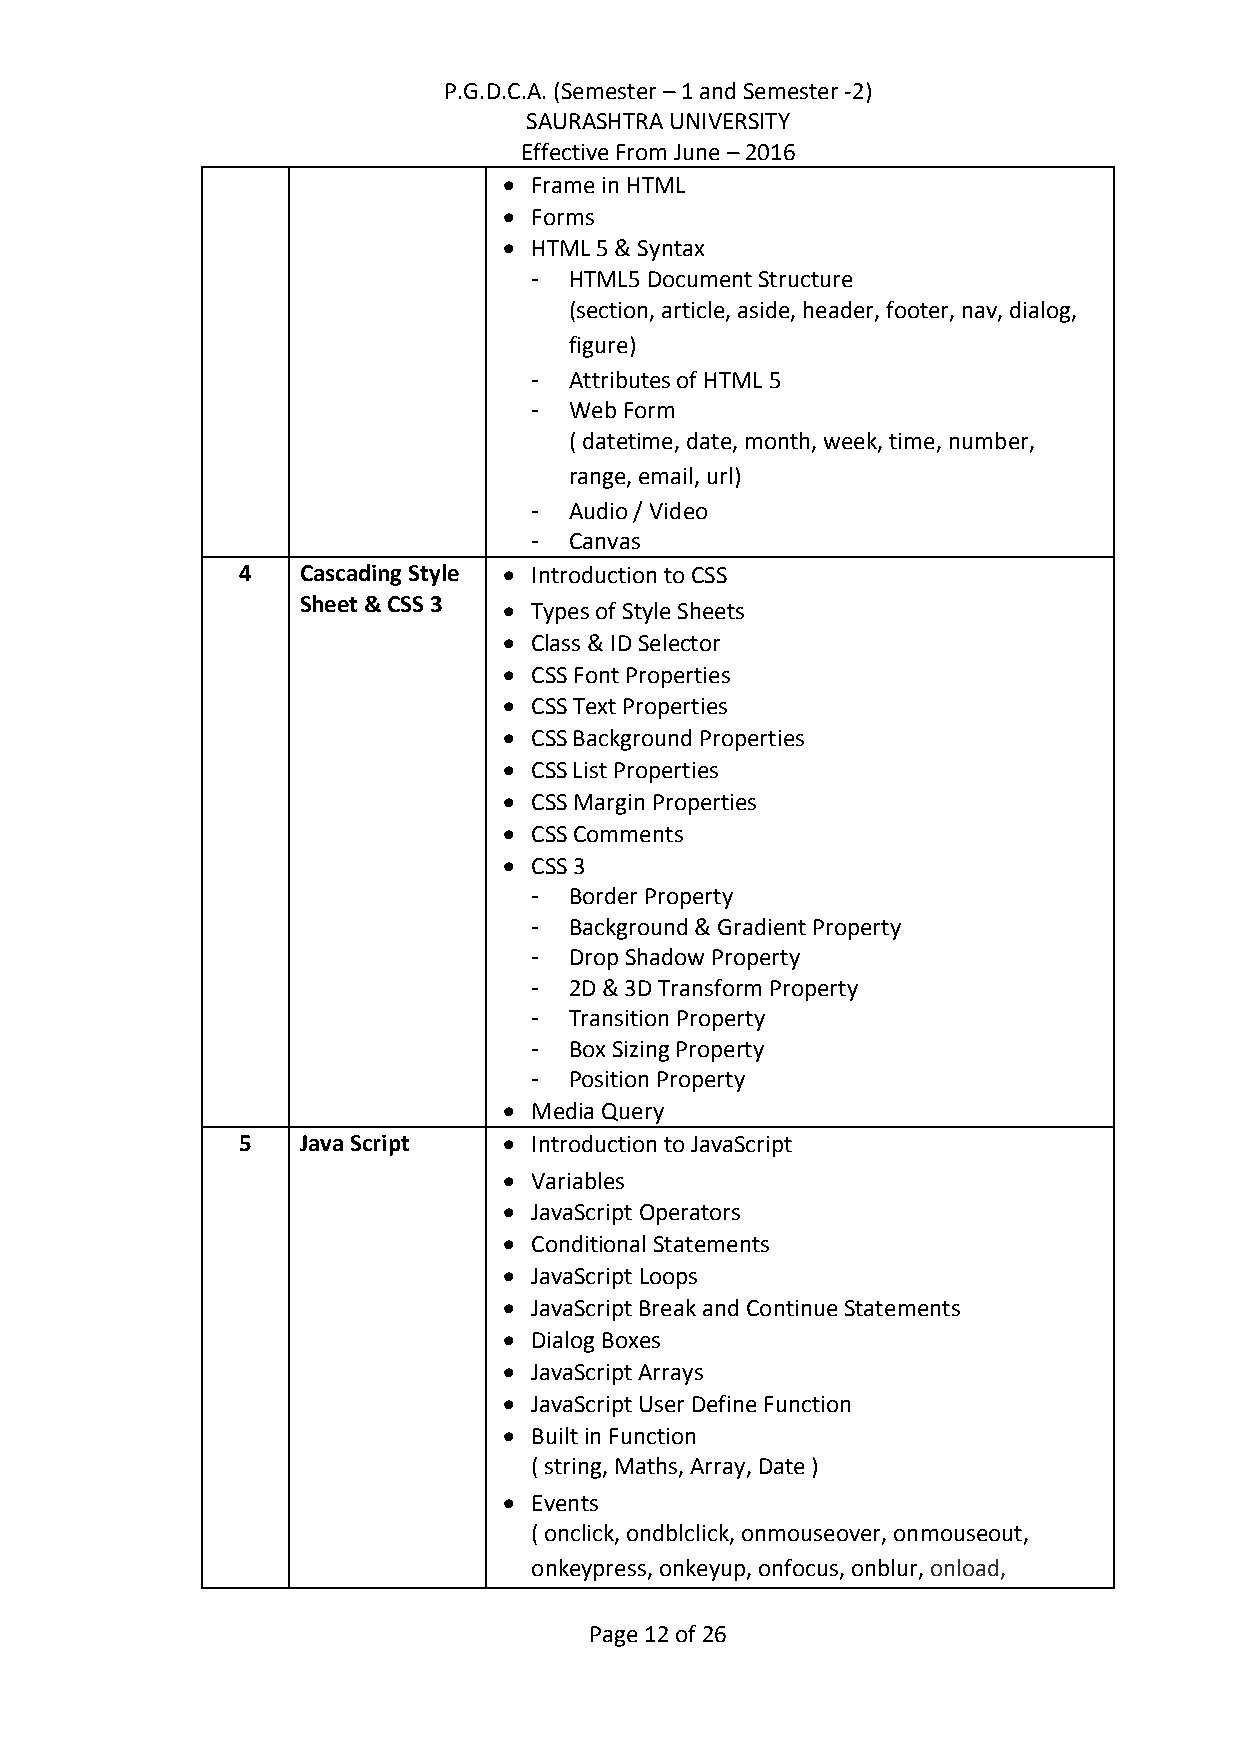
P.G.D.C.A. (Semester – 1 and Semester -2)
 SAURASHTRA UNIVERSITY
 Effective From June – 2016
  Frame in HTML
  Forms
  HTML 5 & Syntax
 -  HTML5 Document Structure
 (section, article, aside, header, footer, nav, dialog,
 figure)
 -  Attributes of HTML 5
 -  Web Form
 ( datetime, date, month, week, time, number,
 range, email, url)
 -  Audio / Video
 -  Canvas
 4   Cascading Style  Introduction to CSS
 Sheet & CSS 3  Types of Style Sheets
  Class & ID Selector
  CSS Font Properties
  CSS Text Properties
  CSS Background Properties
  CSS List Properties
  CSS Margin Properties
  CSS Comments
  CSS 3
 -  Border Property
 -  Background & Gradient Property
 -  Drop Shadow Property
 -  2D & 3D Transform Property
 -  Transition Property
 -  Box Sizing Property
 -  Position Property
  Media Query
 5   Java Script   Introduction to JavaScript
  Variables
  JavaScript Operators
  Conditional Statements
  JavaScript Loops
  JavaScript Break and Continue Statements
  Dialog Boxes
  JavaScript Arrays
  JavaScript User Define Function
  Built in Function
 ( string, Maths, Array, Date )
  Events
 ( onclick, ondblclick, onmouseover, onmouseout,
 onkeypress, onkeyup, onfocus, onblur, onload,
 Page 12 of 26